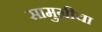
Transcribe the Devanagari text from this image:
सामुग्रीचा